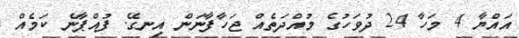
އައްޔާ 4 މަހާ 24 ދުވަހުގެ މުއްދަތެއް ޖަހާފާނަން އިނގޭ. ފުއްޕާނެ ކަމެއް